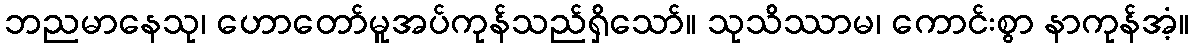
ဘညမာနေသု၊ ဟောတော်မူအပ်ကုန်သည်ရှိသော်။ သုသိဿာမ၊ ကောင်းစွာ နာကုန်အံ့။